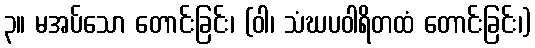
၃။ မအပ်သော တောင်းခြင်း၊ (ဝါ၊ သံဃပဝါရိတထံ တောင်းခြင်း၊)